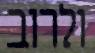
ולרוב